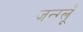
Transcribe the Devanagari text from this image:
जन्ग्लूँ